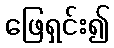
ဖြေရှင်း၍